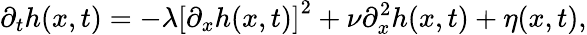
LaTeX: \partial_{t}h(x,t)=-\lambda\left[\partial_{x}h(x,t)\right]^{2}+\nu\partial_{x}^{2}h(x,t)+\eta(x,t),